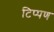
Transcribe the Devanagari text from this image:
टिप्‍पण